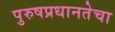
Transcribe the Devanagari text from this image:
पुरुषप्रधानतेचा